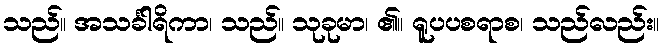
သည်။ အသင်္ခါရိကာ၊ သည်။ သုခုမာ၊ ၏။ ရူပပစရာစ၊ သည်လည်း။